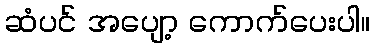
ဆံပင် အပျော့ ကောက်ပေးပါ။